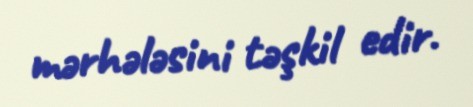
mərhələsini təşkil edir.